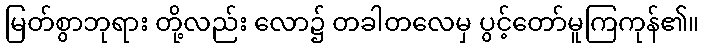
မြတ်စွာဘုရား တို့လည်း လော၌ တခါတလေမှ ပွင့်တော်မူကြကုန်၏။